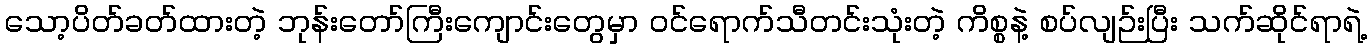
သော့ပိတ်ခတ်ထားတဲ့ ဘုန်းတော်ကြီးကျောင်းတွေမှာ ဝင်ရောက်သီတင်းသုံးတဲ့ ကိစ္စနဲ့ စပ်လျဉ်းပြီး သက်ဆိုင်ရာရဲ့